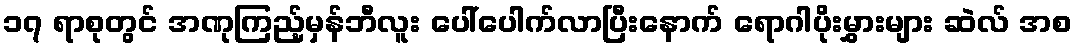
၁၇ ရာစုတွင် အဏုကြည့်မှန်ဘီလူး ပေါ်ပေါက်လာပြီးနောက် ရောဂါပိုးမွှားများ ဆဲလ် အစ